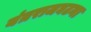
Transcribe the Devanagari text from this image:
यंत्रराजघटना